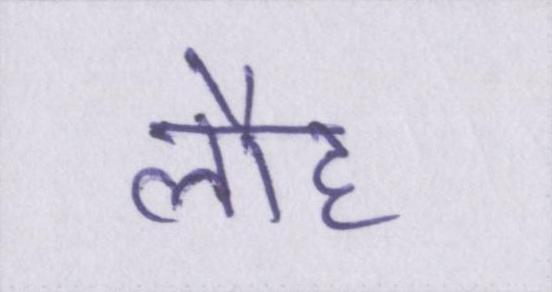
लौह